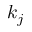
k _ { j }